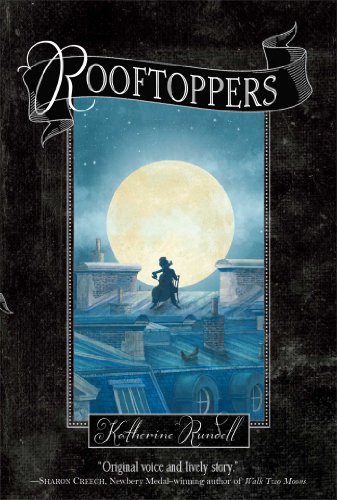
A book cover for Rooftoppers; Katherine Rundell; Children's Books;